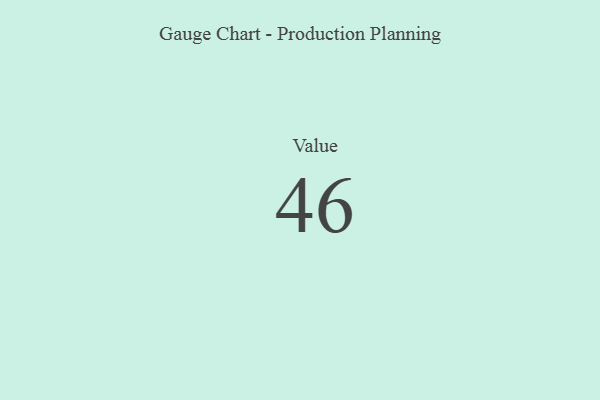
{"axis": {"x": "Metric", "y": "Value"}, "legend": [""], "data": [{"x": "Value", "y": 46, "type": ""}]}